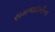
સમજદારીના